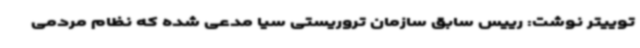
توییتر نوشت: رییس سابق سازمان تروریستی سیا مدعی شده که نظام مردمی